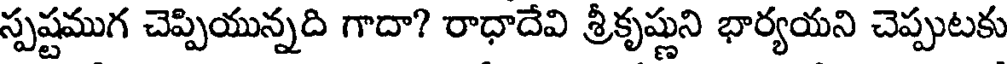
స్పష్టముగ చెప్పియున్నది గాదా? రాధాదేవి శ్రీకృష్ణుని భార్యయని చెప్పుటకు